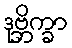
ဒုဗ္ဘိက္ခာ